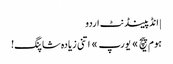
| انڈپینڈنٹ اردو
ہوم پیچ » یورپ » اتنی زیادہ شاپنگ!